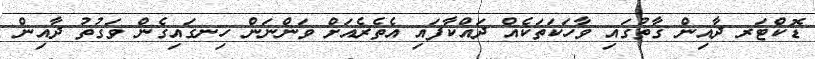
ޑޮކްޓަރ ދާއިން ގާތުގައި ވާހަކަތަކެއް ދައްކާފައި އެތެރެއަށް ވަންނަން ހިނގައިގެން ވަގުތު ދާއިން